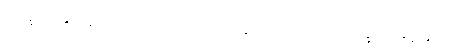
သိက္ခာပုဒ်နှင့်တူသော၊ လဟုက အာပတ်တွင် သဟသေယျသိက္ခာပုဒ်နှင့်တူသော